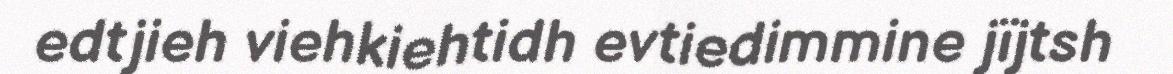
edtjieh viehkiehtidh evtiedimmine jïjtsh